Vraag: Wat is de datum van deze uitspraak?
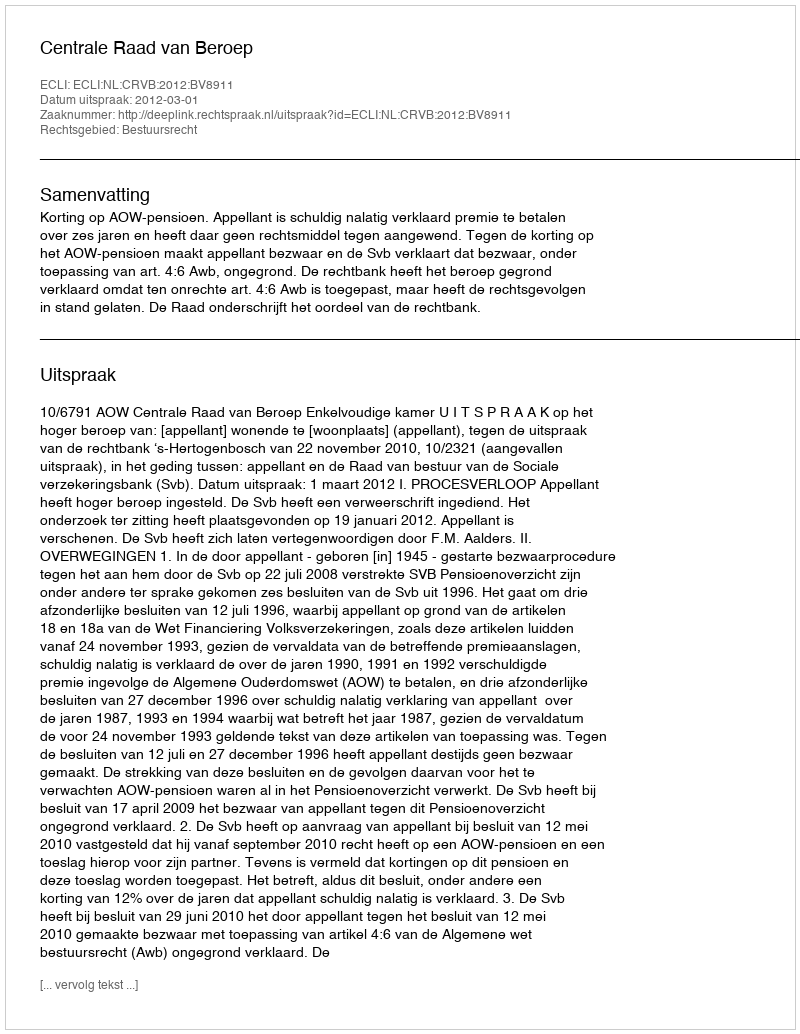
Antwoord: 2012-03-01